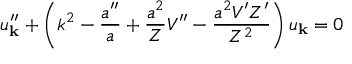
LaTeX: u _ { \bf k } ^ { \prime \prime } + \left( k ^ { 2 } - \frac { a ^ { \prime \prime } } { a } + \frac { a ^ { 2 } } { Z } V ^ { \prime \prime } - \frac { a ^ { 2 } V ^ { \prime } Z ^ { \prime } } { Z ^ { 2 } } \right) u _ { \bf k } = 0